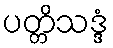
ပတ္တိသဒ္ဒံ